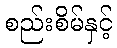
စည်းစိမ်နှင့်